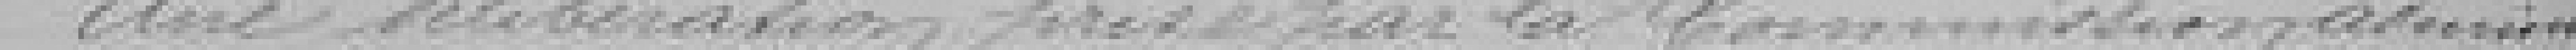
Une délibération prise par la Commission adminis